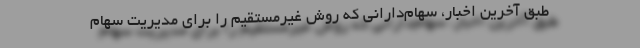
طبق آخرین اخبار، سهام‌دارانی که روش غیرمستقیم را برای مدیریت سهام